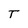
Character: T